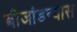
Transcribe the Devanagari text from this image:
बीजांडन्यास